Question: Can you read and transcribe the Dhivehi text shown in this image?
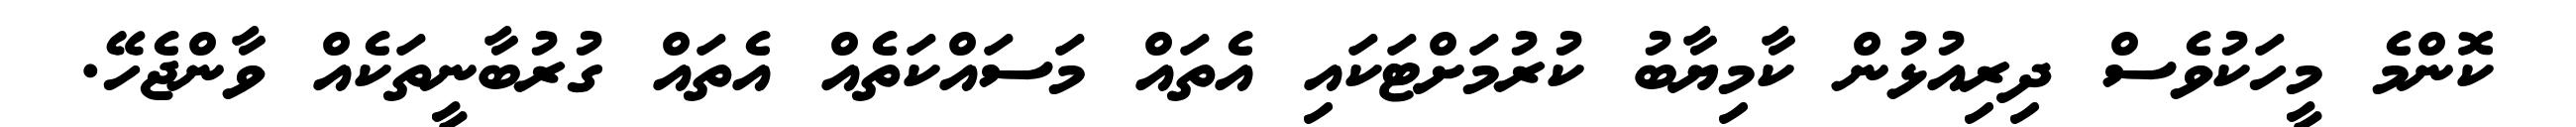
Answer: ކޮންމެ މީހަކުވެސް ދިރިއުޅުން ކާމިޔާބު ކުރުމަށްޓަކައި އެތައް މަސައްކަތެއް އެތައް ގުރުބާނީތަކެއް ވާންޖެހޭ.